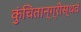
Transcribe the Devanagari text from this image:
कुंचितान्ग्रीस्थवं